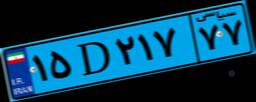
۱۵D۲۱۷۷۷